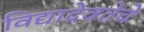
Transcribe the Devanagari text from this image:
विद्यादेवतेचे